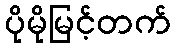
ပိုမိုမြင့်တက်